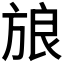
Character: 𰕫